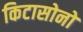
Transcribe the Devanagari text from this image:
किटासोनो